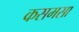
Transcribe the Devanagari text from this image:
कसमसा